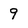
Character: 9